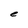
Character: e